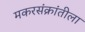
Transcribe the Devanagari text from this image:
मकरसंक्रांतीला